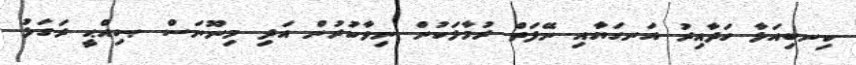
ކިނބިއަޅާ ހަދާއިރު އަނގަޔާއި ނޭފަތް ރުމާލަކުން ނިވާކުރުން އަދި މިނޫނަސް ޞިއްޙީ ރަގަޅު